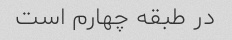
در طبقه چهارم است